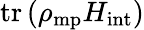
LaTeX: \mathrm{tr}\left(\rho_{\mathrm{mp}}H_{\mathrm{int}}\right)